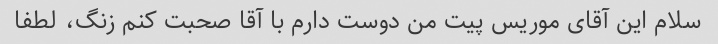
سلام این آقای موریس پیت من دوست دارم با آقا صحبت کنم زنگ، لطفا